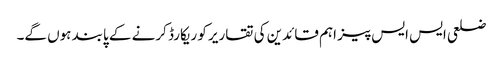
ضلعی ایس ایس پیز اہم قائدین کی تقاریر کو ریکارڈ کرنے کے پابند ہوں گے۔